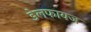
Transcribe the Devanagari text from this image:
डेलफायज